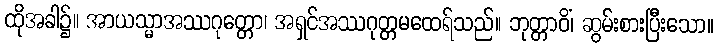
ထိုအခါ၌။ အာယသ္မာအဿဂုတ္တော၊ အရှင်အဿဂုတ္တမထေရ်သည်။ ဘုတ္တာဝိံ၊ ဆွမ်းစားပြီးသော။